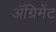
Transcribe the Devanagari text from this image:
ॲग्रिमेंट